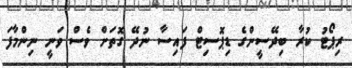
ރިޕޯޓު ކުރާ ބިދޭސީންގެ ޑިޕޮސިޓް ފައިސާ ނުދޭ ގޮތަށް ވެސް ވަނީ ނިންމާފަ